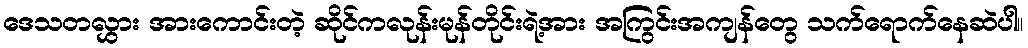
ဒေသတလွှား အားကောင်းတဲ့ ဆိုင်ကလုန်းမုန်တိုင်းရဲ့အား အကြွင်းအကျန်တွေ သက်ရောက်နေဆဲပါ။